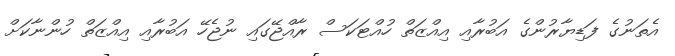
އެތަނުގެ ފަޑިޔާރުންގެ އަބުރާއި އިއްޒަތް ހުއްޓަކަސް ރާއްޖޭގައި ނުޖެހޭ އަބުރާއި އިއްޒަތް ހުންނާކަށް